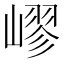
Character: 嵺